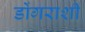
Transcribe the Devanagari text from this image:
डोंगराशी